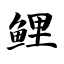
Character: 鲤